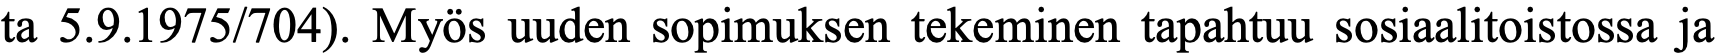
ta 5.9.1975/704). Myös uuden sopimuksen tekeminen tapahtuu sosiaalitoistossa ja